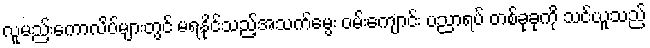
လူမည်းကောလိပ်များတွင် မရနိုင်သည့်အသက်မွေး ဝမ်းကျောင်း ပညာရပ် တစ်ခုခုကို သင်ယူသည့်